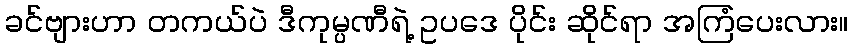
ခင်ဗျားဟာ တကယ်ပဲ ဒီကုမ္ပဏီရဲ့ ဥပဒေ ပိုင်း ဆိုင်ရာ အကြံပေးလား။